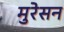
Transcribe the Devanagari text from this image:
मुरेसन